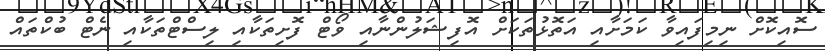
ސޮއިކޮށް ނިމިފައިވާ ކަމަށާއި އަތޮޅުތަކަށް އޮފިޝަލުންނާއި ވޯޓް ފޮށިތަކާއި ލިސްޓްތަކާއި ނެޓް ބުކްތައް